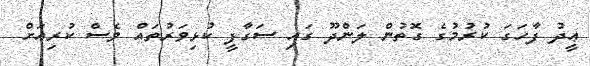
ޢީދު ފާހަގަ ކުރުމުގެ ގޮތުން ލަންދޫ ގައި ސަގާފީ ކުޅިވަރުތައް ވެސް ކުރިއަށް